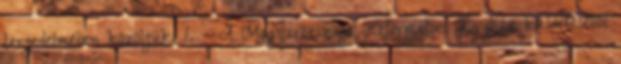
terjedelmében közöljük. 1. § A Magyarországi Református Egyház küldetéséből